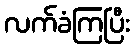
လက်ခံကြပြီး